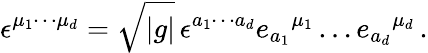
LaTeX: \epsilon^{\mu_{1}\cdots\mu_{d}}=\sqrt{|g|}\, \epsilon^{a_{1}\cdots a_{d}}e_{a_{1}}{}^{\mu_{1}}\ldots e_{a_{d}}{}^{\mu_{d}}\, .